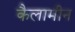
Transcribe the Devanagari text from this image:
कैलामीन